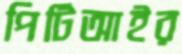
পিটিআইর